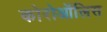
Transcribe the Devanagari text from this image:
कोरोऑलिस